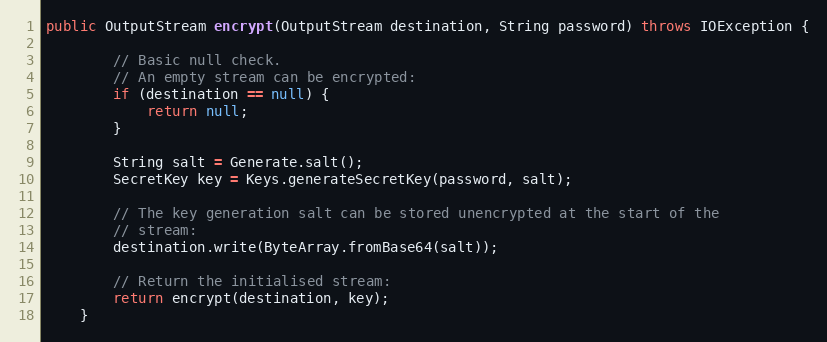
Language: Java
public OutputStream encrypt(OutputStream destination, String password) throws IOException {

        // Basic null check.
        // An empty stream can be encrypted:
        if (destination == null) {
            return null;
        }

        String salt = Generate.salt();
        SecretKey key = Keys.generateSecretKey(password, salt);

        // The key generation salt can be stored unencrypted at the start of the
        // stream:
        destination.write(ByteArray.fromBase64(salt));

        // Return the initialised stream:
        return encrypt(destination, key);
    }